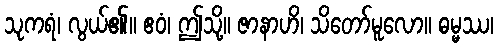
သုကရံ၊ လွယ်၏။ ဧဝံ၊ ဤသို့။ ဇာနာဟိ၊ သိတော်မူလော။ ဓမ္မဿ၊